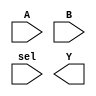
/*--  *******************************************************
--  Computer Architecture Course, Laboratory Sources 
--  Amirkabir University of Technology (Tehran Polytechnic)
--  Department of Computer Engineering (CE-AUT)
--  https://ce[dot]aut[dot]ac[dot]ir
--  *******************************************************
--  All Rights reserved (C) 2019-2020
--  *******************************************************
--  Student ID  : 
--  Student Name: 
--  Student Mail: 
--  *******************************************************
--  Additional Comments:
--
--*/

/*-----------------------------------------------------------
---  Module Name: Arithmetic and Logic Unit
---  Description: Lab 08
-----------------------------------------------------------*/
`timescale 1 ns/1 ns

module alu (
	input [1:0] A ,
	input [1:0] B ,
	input [1:0]	sel ,
	output [3:0] Y
);

	/* write your code here */
	

	/* write your code here */

	// use multiplexer4x4 here
endmodule